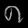
Digit: ၈